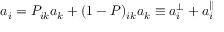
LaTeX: a _ { i } = P _ { i k } a _ { k } + ( 1 - P ) _ { i k } a _ { k } \equiv a _ { i } ^ { \perp } + a _ { i } ^ { \parallel }